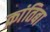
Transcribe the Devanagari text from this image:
क्रांतिबा